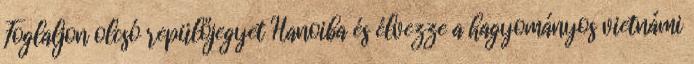
Foglaljon olcsó repülőjegyet Hanoiba és élvezze a hagyományos vietnámi